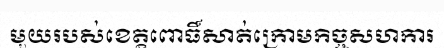
មួយរបស់ខេត្តពោធិ៍សាត់ក្រោមកិច្ចសហការ